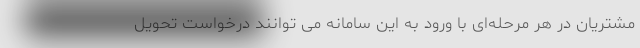
مشتریان در هر مرحله‌ای با ورود به این سامانه می توانند درخواست تحویل